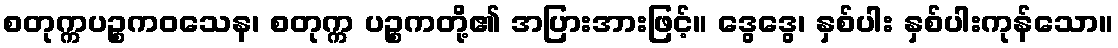
စတုက္ကပဉ္စကဝသေန၊ စတုက္က ပဉ္စကတို့၏ အပြားအားဖြင့်။ ဒွေဒွေ၊ နှစ်ပါး နှစ်ပါးကုန်သော။